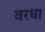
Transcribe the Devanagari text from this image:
वरधा